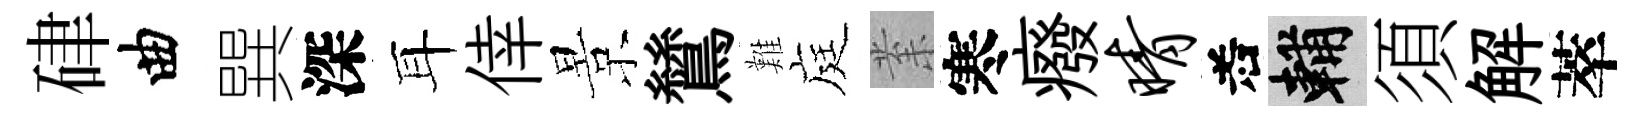
硉曲巽深耳倖景鷥難庭𭪙寒癈晴𠰥輔須解萃